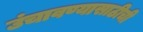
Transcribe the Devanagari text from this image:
उंचावण्यासाठीची